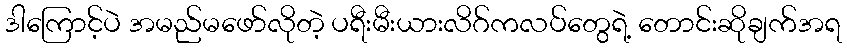
ဒါကြောင့်ပဲ အမည်မဖော်လိုတဲ့ ပရီးမီးယားလိဂ်ကလပ်တွေရဲ့ တောင်းဆိုချက်အရ